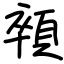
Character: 顇